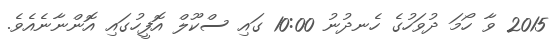
2015 ވާ ހޯމަ ދުވަހުގެ ހެނދުނު 10:00 ގައި ސްކޫލް އޮފީހުގައި އޮންނާނެއެވެ.